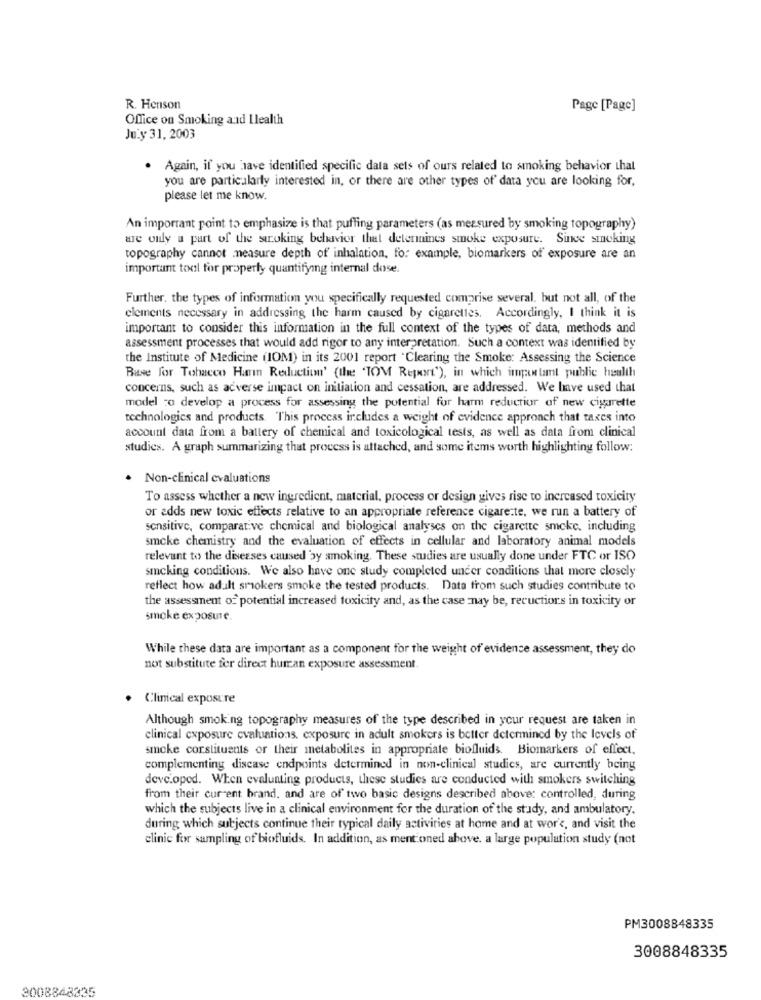
R. Henson
Page [Page]
Office on Smoking and Ilealth
July 31, 2003
· Again, if you have identified specific data sets of ours related to smoking behavior that
you are particularly interested in, or there are other types of data you are looking for,
please let me know.
An important point to emphasize is that puffing parameters (as measured by smoking topography)
we only a part of the stroking behavior that determines smoke exposure. Since smoking
topography cannot measure depth of inhalation, for example, biomarkers of exposure are an
important tool for properly quantifying internal dose.
Further, the types of information you specifically requested comprise several. but not all, of the
elements necessary in addressing the harm caused by cigarettes. Accordingly, I think it is
important to consider this information in the full context of the types of data, methods and
assessment processes that would add rigor to any interpretation. Such a context was identified by
the Institute of Medicine (IOM) in its 2001 report .Clearing the Smoke: Assessing the Science
Base for Tobacco Harm Reduction' (the 'TOM Report"), in which important public health
concerns, such as adverse impact on initiation and cessation, are addressed. We have used that
model to develop a process for assessing the potential for harm reduction of new cigarette
technologies and products. This process includes a weight of evidence approach that taxes into
account data from a battery of chemical and toxicological tests, as well as data from clinical
studies. A graph summarizing that process is attached, and some items worth highlighting follow:
· Non-clinical evaluations
To assess whether a new ingredient, material, process or design gives rise to increased toxicity
or adds new toxic effects relative to an appropriate reference cigare.te, we run a battery of
sensitive, comparative chemical and biological analyses on the cigarette smoke, including
smoke chemistry and the evaluation of effects in cellular and laboratory animal models
relevant to the diseases caused by smoking. These studies are usually done under FTC or ISO
smcking conditions. We also have one study completed under conditions that more closely
reflect how adult smokers smoke the tested products. Data from such studies contribute to
the assessment of potential increased toxicity and, as the case may be, recuctions in toxicity or
smoke exposure.
While these data are important as a component for the weight of evidence assessment, they do
not substitute for direct human exposure assessment.
· Clinical exposure
Although smoking topography measures of the type described in your request are taken in
clinical exposure cvaluations. exposure in adult smokers is better determined by the levels of
smoke constituents or their metabolites in appropriate biofluids. Biomarkers of effect.
complementing disease endpoints determined in non-clinical studies, are currently being
developed. When evaluating products, these studies are conducted with smokers switching
from their current brand, and are of two basic designs described above: controlled, during
which the subjects live in a clinical environment for the duration of the study, and ambulatory.
during which subjects continue their typical daily activities at home and at wor's, and visit the
clinic for sampling of biofluids. In addition, as mentioned above. a large population study (not
PM3008848335
3008848335
3008848335